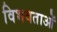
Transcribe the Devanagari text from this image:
विभवताओं